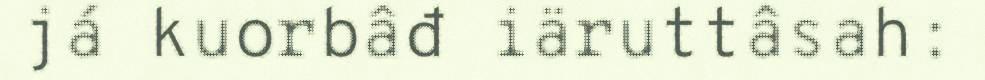
já kuorbâđ iäruttâsah: